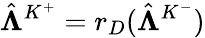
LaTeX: \hat{\boldsymbol{\Lambda}}^{K^{+}}=r_{D}(\hat{\boldsymbol{\Lambda}}^{K^{-}})